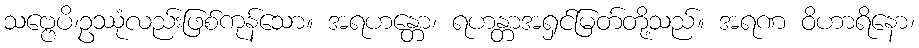
သဗ္ဗေပိ၊ဥဿုံလည်းဖြစ်ကုန်သော။ အရဟန္တော၊ ရဟန္တာအရှင်မြတ်တို့သည်။ အရဏ ဝိဟာရိနော၊